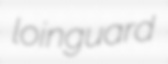
loinguard